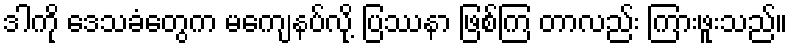
ဒါကို ဒေသခံတွေက မကျေနပ်လို့ ပြဿနာ ဖြစ်ကြ တာလည်း ကြားဖူးသည်။